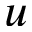
\b { u }